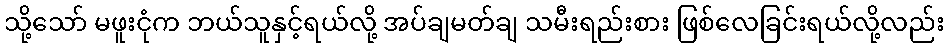
သို့သော် မဖူးငုံက ဘယ်သူနှင့်ရယ်လို့ အပ်ချမတ်ချ သမီးရည်းစား ဖြစ်လေခြင်းရယ်လို့လည်း